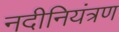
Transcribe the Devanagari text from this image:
नदीनियंत्रण